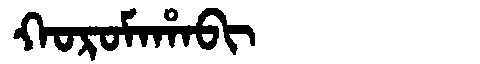
Manchu: ᡴᠣᡵᠣᠮᠠᡥᠠᠪᡳ
Romanization: KOROMAHABI